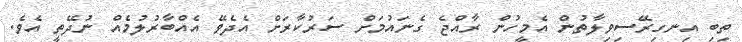
ތިބި އިނގިރޭސިވިލާތުން އެމީހުން ރާއްޖެ ގެނައުމަށް ސަރުކާރަށް އެދެވޭ އެއްބާރުލުމެއް ނުދޭތީ އެވެ.